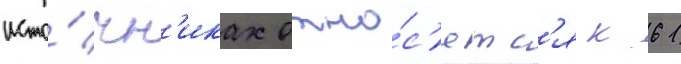
исто́чн'иках отно́с'ятс'я к 61